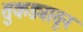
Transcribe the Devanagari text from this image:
तुकड्यातून